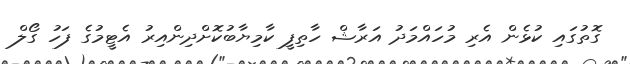
ގޮތުގައި ކުޅެން އެރި މުހައްމަދު އަރާޝް ހާތިފީ ކާމިޔާބުކޮށްދިންއިރު އެޓީމުގެ ފަހު ގޯލް